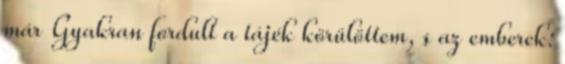
már Gyakran fordult a tájék körülöttem, s az emberek: